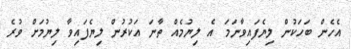
އެހެން ބަހަކުން ލިޔެފައިވާނަމަ އެ ލިޔުމެއް ތާނަ އަކުރުން ލިޔެފައިވާ ލިޔުމަށް ވުރެ